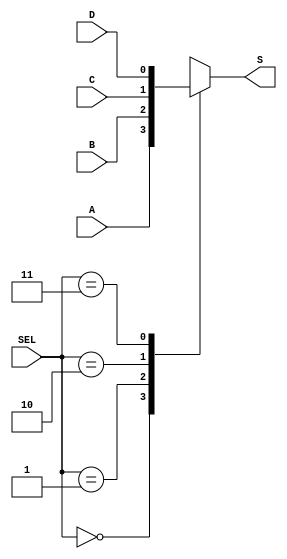
module Mux_4_1_Case(SEL, A, B, C, D, S);
input				[1:0]		SEL;
input							A, B, C, D;
output	reg				S;

always @(SEL, A, B, C, D)
	case (SEL)
		2'b00		: S = A;
		2'b01		: S = B;
		2'b10		: S = C;
		2'b11		: S = D;
		default	: S = A;
	endcase

endmodule